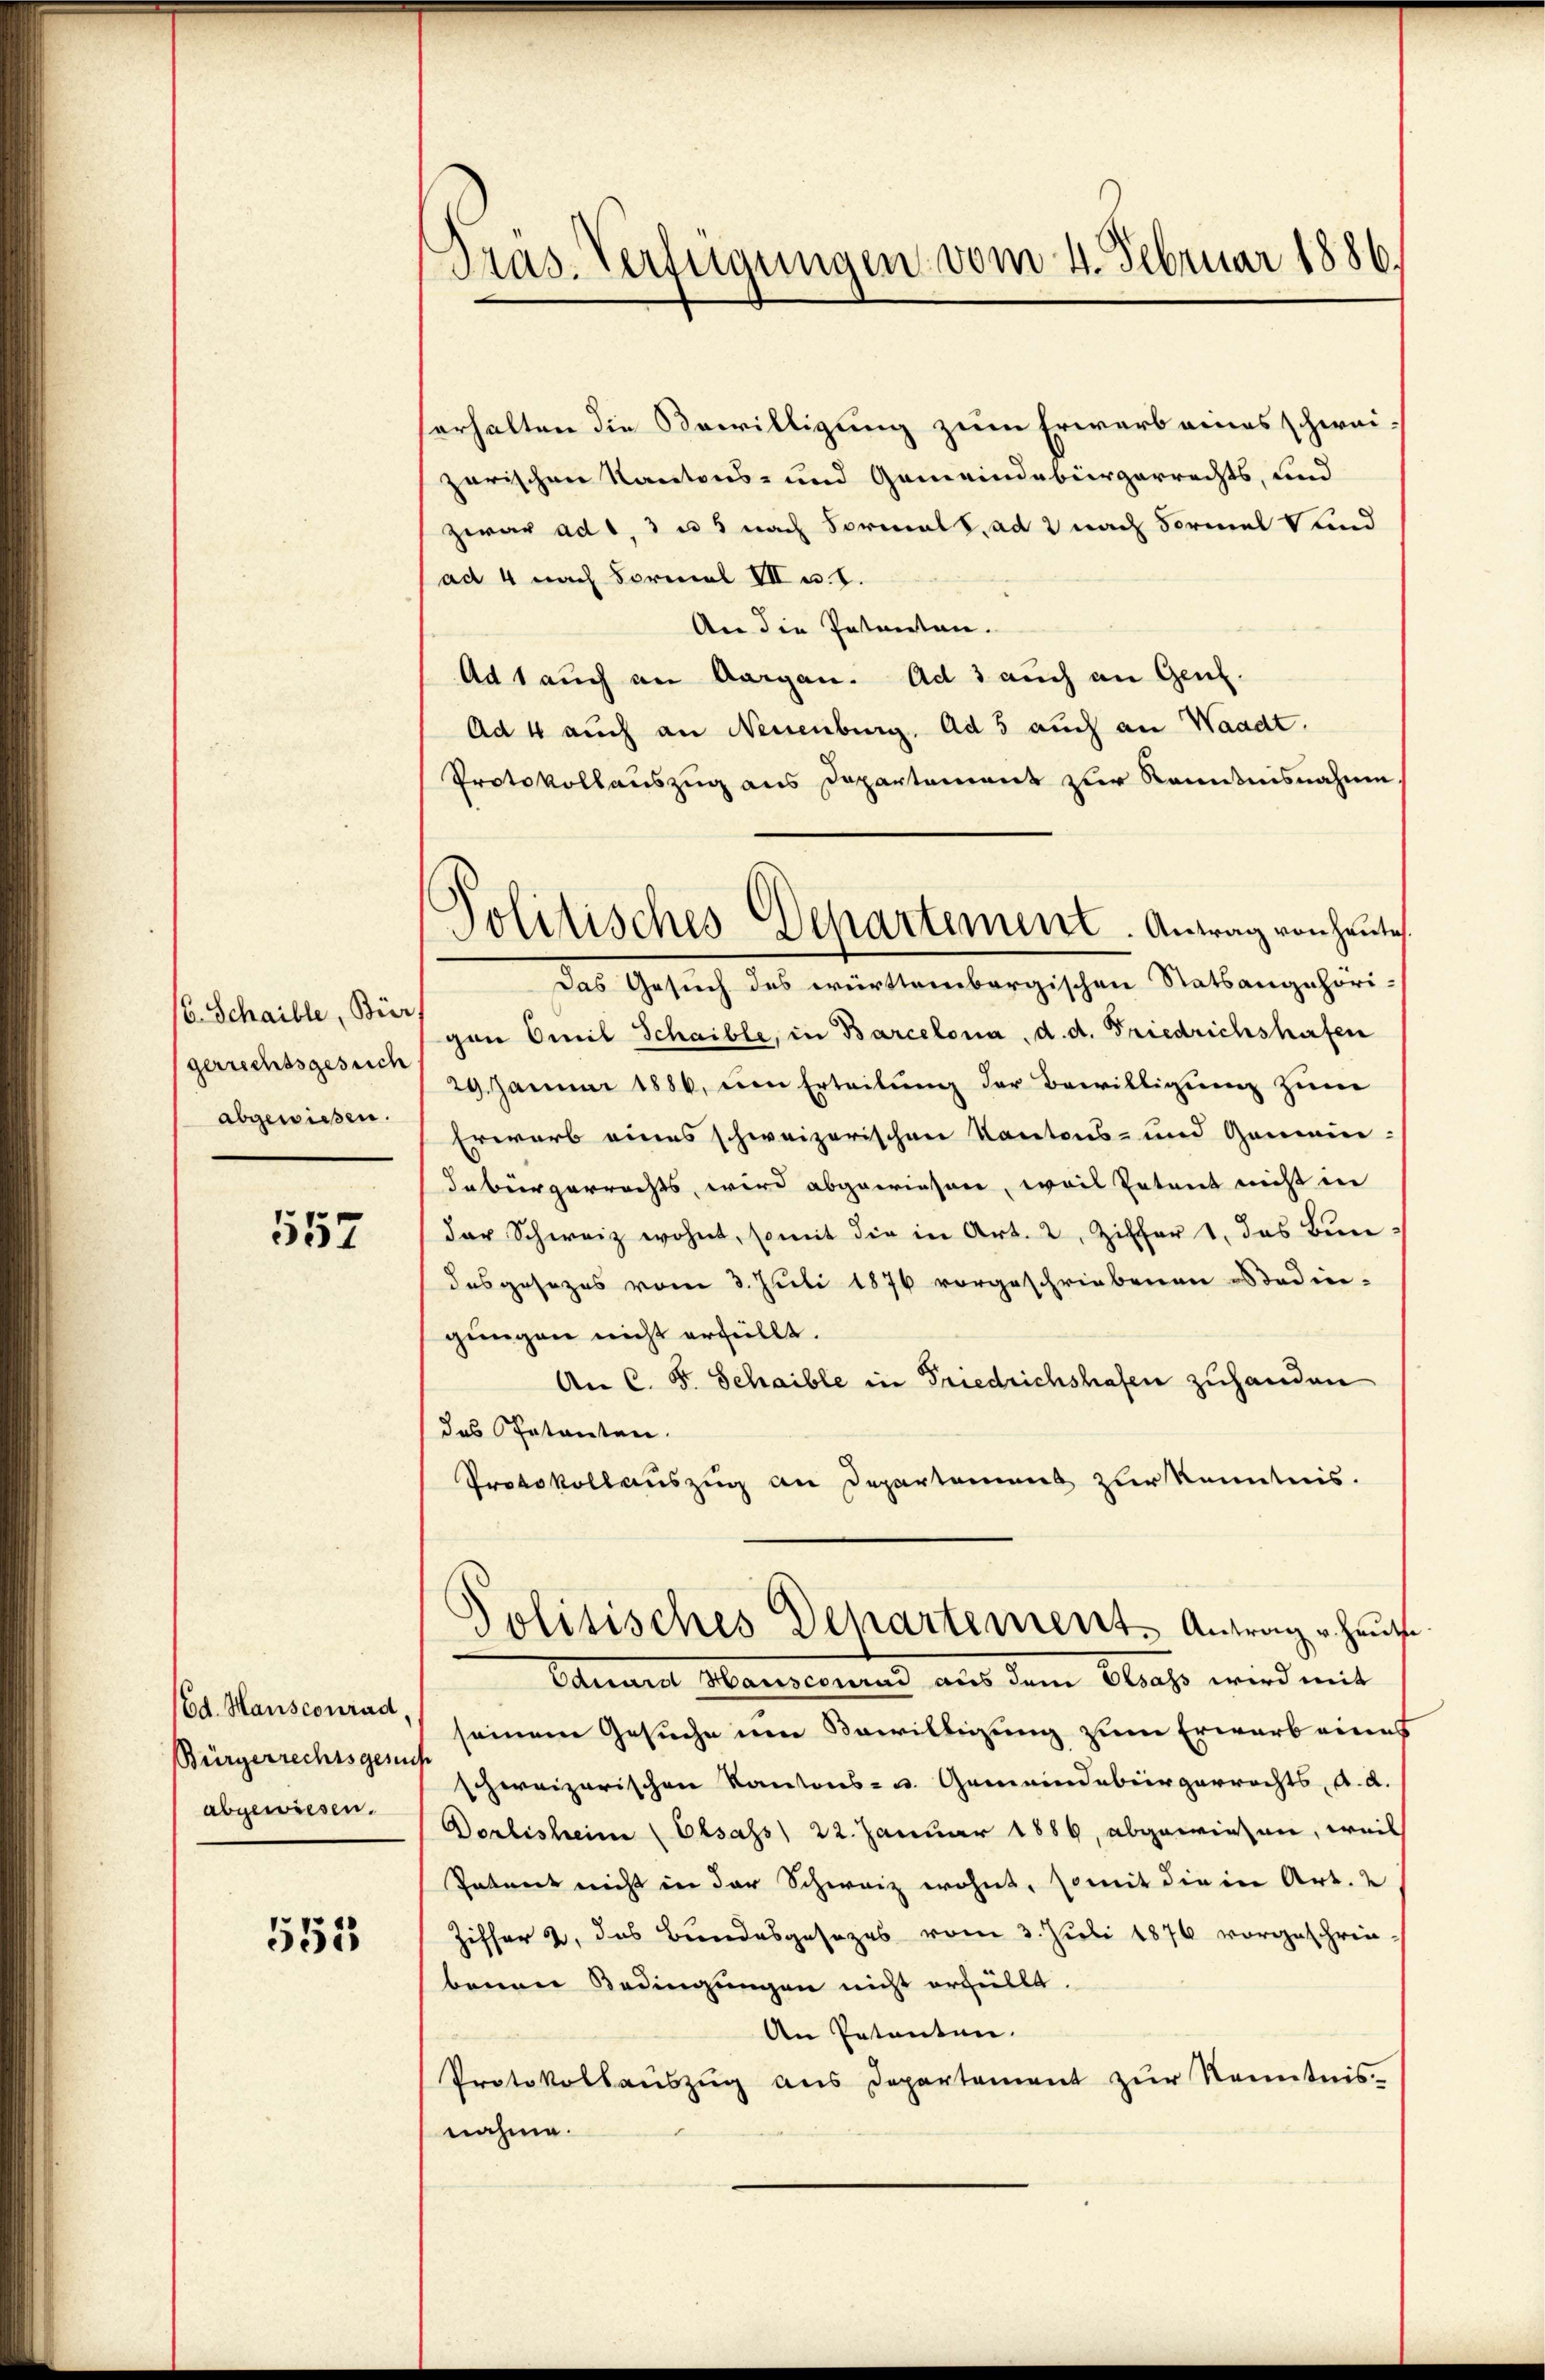
(6. Schaible, Bier
gerrechtsgesuch
abgewissen.

557

(Ed. Mansconrad,
Bürgerrechtsgenu
abgewiesen.

551

Präs. Verfügungen vom 4. Februar 1886.

erhalten die Bewilligung zum Erwerb eines schweizarischen Kantons- und Gemeindebürgerrechts, und
zwar ad 1, 3 u 5 nach Formals ad 2 nach Formal Kind
ad 4 nach Formal III u. I.
An die Patenten.
Ad 1 auch an Aargau. Ad 3 auch an Genz¬
Ad 4 auch an Neuenburg. ad 5 auch an Waadt.
Protokollauszug aus Departement zur Kenntnisnahme
Das Gesuch des württembergischen Statsangehörigon Omil Schaible, in Barcelona, d. d. Friedrichshafen
29. Januar 1886, den Erteilŭng der Bewilligung zum
Erwarb eines schweizerischen Kantons- und Gemeindebürgerrechts, wird abgewiesen, weil Petent nicht in
der Schweiz wohnt, somit die in Art. 2, Ziffer 1. das Bundesgesezes vom 3. Juli 1876 vorgeschriebenen Bedingungen nicht erfüllt.
An C. S. Schaible in Friedrichshafen zuhanden
das Petenten.
Protokollauszug an Departement zur Kenntnis.
Politisches Departement Antrag v. Haup
Tannes Mareconnus aus dem blass wird mit
seinem Gesuche um Bewilligung zum Erwarb eines
schweizerischen Kantons- u. Gemeindebürgerrechts, d. d.
Dorbisheim (Elsass) 22. Januar 1886, abgewiesen, weil
Patent nicht in der Schweiz wohnt, somit die in Art. 2
Ziffer 2, das Bundesgesezes vom 3. Juli 1876 vorgeschrie-
benen Bedingungen nicht erfüllt.
An Petenten.
Protokollauszug aus Departement zur Kenntnis-
nahme.

Politisches Departement. Antrag von heute.